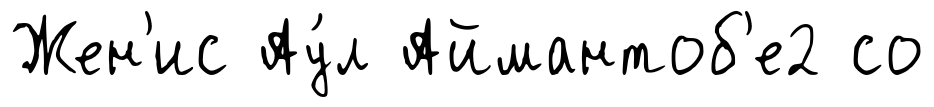
Жен'ис Ау́л Аймантоб'е2 со